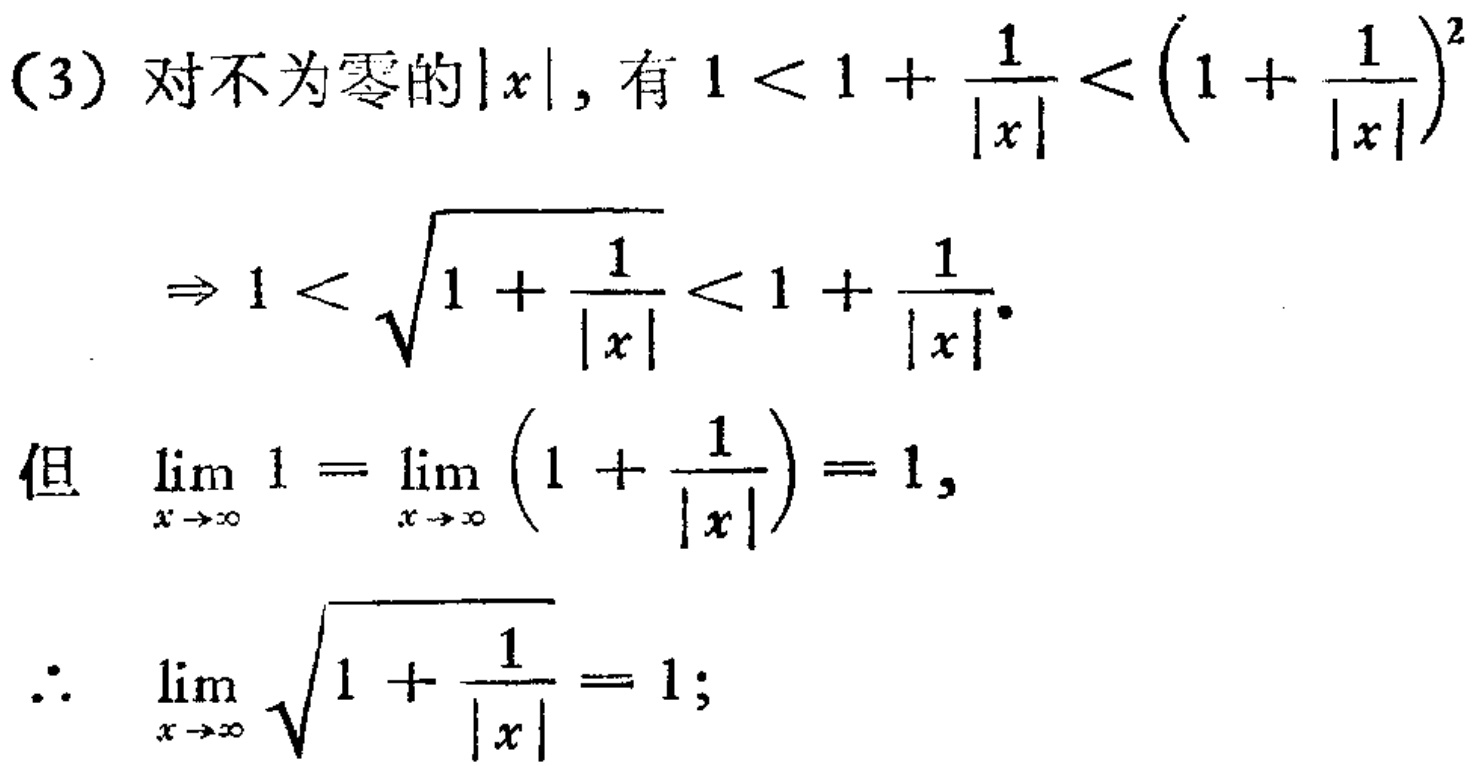
(3) 对不为零的\(|x|\)，有 \(1 < 1 + \frac{1}{|x|} < \left(1 + \frac{1}{|x|}\right)^2\)
\[
\Rightarrow 1 < \sqrt{1 + \frac{1}{|x|}} < 1 + \frac{1}{|x|}.
\]
但 \(\lim_{x \to \infty} 1 = \lim_{x \to \infty} \left(1 + \frac{1}{|x|}\right) = 1,\)
\[
\therefore \lim_{x \to \infty} \sqrt{1 + \frac{1}{|x|}} = 1;
\]